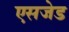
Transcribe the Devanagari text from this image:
एसजेड